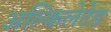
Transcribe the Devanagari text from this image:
अल्किलेटेड